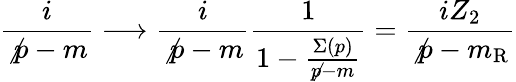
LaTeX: \frac{i}{\not{p}-m}\longrightarrow\frac{i}{\not{p}-m}\frac{1}{1-\frac{\Sigma(p)}{\not{p}-m}}=\frac{iZ_{2}}{\not{p}-m_{\mathrm{R}}}